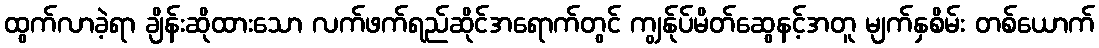
ထွက်လာခဲ့ရာ ချိန်းဆိုထားသော လက်ဖက်ရည်ဆိုင်အရောက်တွင် ကျွန်ုပ်မိတ်ဆွေနင့်အတူ မျက်နှစိမ်း တစ်ယောက်